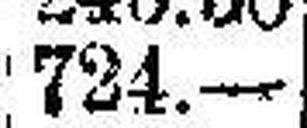
724.—